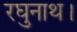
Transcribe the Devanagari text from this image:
रघुनाथ।